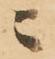
ニ